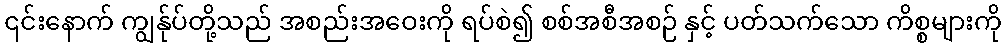
၎င်းနောက် ကျွန်ုပ်တို့သည် အစည်းအဝေးကို ရပ်စဲ၍ စစ်အစီအစဉ် နှင့် ပတ်သက်သော ကိစ္စများကို